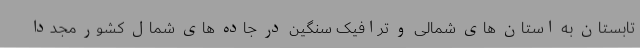
تابستان به استان های شمالی و ترافیک سنگین در جاده های شمال کشور مجددا